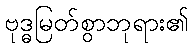
ဗုဒ္ဓမြတ်စွာဘုရား၏